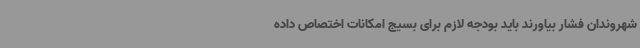
شهروندان فشار بیاورند باید بودجه لازم برای بسیج امکانات اختصاص داده